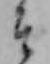
そ